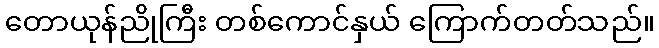
တောယုန်ညိုကြီး တစ်ကောင်နှယ် ကြောက်တတ်သည်။